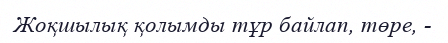
Жоқшылық қолымды тұр байлап, төре, -